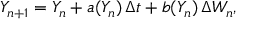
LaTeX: \, Y _ { n + 1 } = Y _ { n } + a ( Y _ { n } ) \, \Delta t + b ( Y _ { n } ) \, \Delta W _ { n } ,